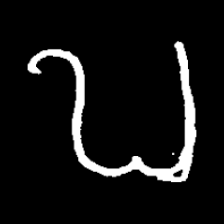
Pyu character \u2014 Myanmar letter: ဎ (romanized: ddha)